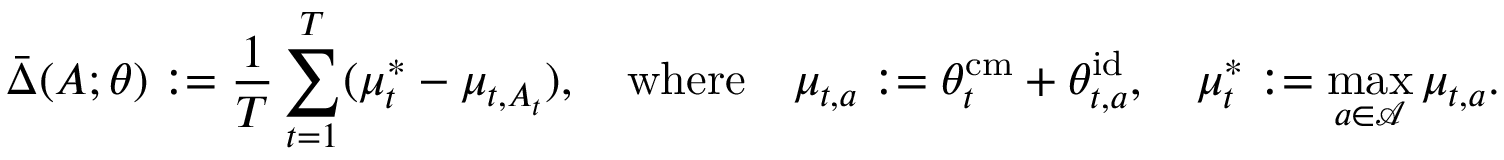
\bar { \Delta } ( A ; \theta ) : = \frac { 1 } { T } \sum _ { t = 1 } ^ { T } ( \mu _ { t } ^ { * } - \mu _ { t , A _ { t } } ) , \quad \mathrm { w h e r e } \quad \mu _ { t , a } : = \theta _ { t } ^ { \mathrm { c m } } + \theta _ { t , a } ^ { \mathrm { i d } } , \quad \mu _ { t } ^ { * } : = \operatorname* { m a x } _ { a \in \mathcal { A } } \mu _ { t , a } .